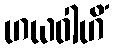
ဟယဝါဟိံ